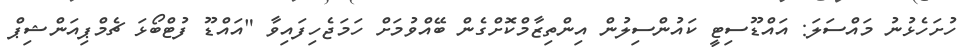
ހުށަހެޅުނު މައްސަލަ: އައްޑޫސިޓީ ކައުންސިލުން އިންތިޒާމްކޮށްގެން ބޭއްވުމަށް ހަމަޖެހިފައިވާ "އައްޑޫ ފުޓްބޯޅަ ޗެމްޕިއަންޝިޕް